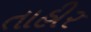
તાહીર